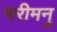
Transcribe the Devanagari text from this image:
मरीमनु